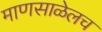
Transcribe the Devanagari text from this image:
माणसाळेलच